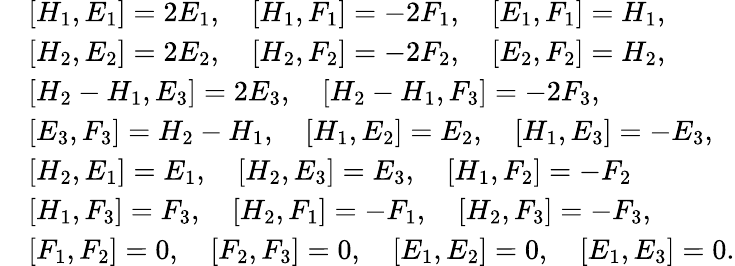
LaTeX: \begin{array}{rl}&{[H_{1},E_{1}]=2E_{1},\quad[H_{1},F_{1}]=-2F_{1},\quad[E_{1},F_{1}]=H_{1},}\\ &{[H_{2},E_{2}]=2E_{2},\quad[H_{2},F_{2}]=-2F_{2},\quad[E_{2},F_{2}]=H_{2},}\\ &{[H_{2}-H_{1},E_{3}]=2E_{3},\quad[H_{2}-H_{1},F_{3}]=-2F_{3},}\\ &{[E_{3},F_{3}]=H_{2}-H_{1},\quad[H_{1},E_{2}]=E_{2},\quad[H_{1},E_{3}]=-E_{3},}\\ &{[H_{2},E_{1}]=E_{1},\quad[H_{2},E_{3}]=E_{3},\quad[H_{1},F_{2}]=-F_{2}}\\ &{[H_{1},F_{3}]=F_{3},\quad[H_{2},F_{1}]=-F_{1},\quad[H_{2},F_{3}]=-F_{3},}\\ &{[F_{1},F_{2}]=0,\quad[F_{2},F_{3}]=0,\quad[E_{1},E_{2}]=0,\quad[E_{1},E_{3}]=0.}\end{array}